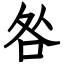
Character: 咎